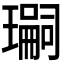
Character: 𭺂